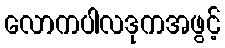
လောကပါလဒုကအဖွင့်